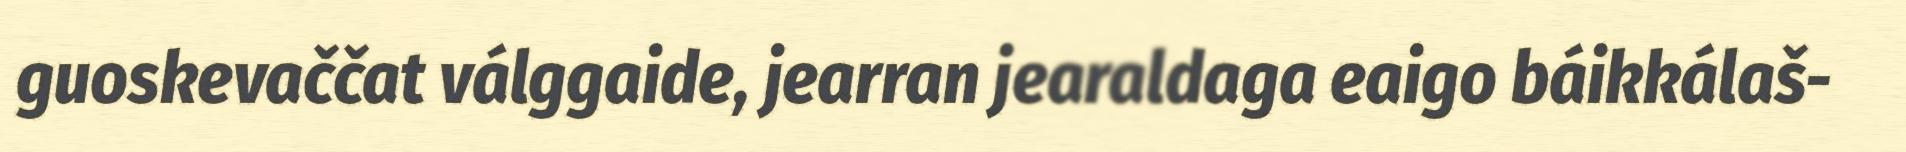
guoskevaččat válggaide, jearran jearaldaga eaigo báikkálaš-